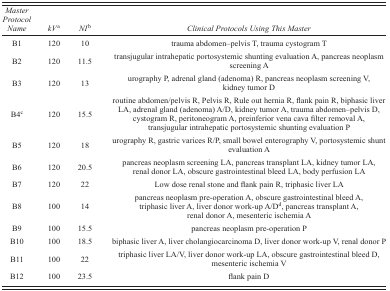
| Master Protocol Name | kVa | NIb | Clinical Protocols Using This Master |
 | --- | --- | --- | --- |
 | B1 | 120 | 10 | trauma abdomen–pelvis T, trauma cystogram T |
 | B2 | 120 | 11.5 | transjugular intrahepatic portosystemic shunting evaluation A, pancreas neoplasm screening A |
 | B3 | 120 | 13 | urography P, adrenal gland (adenoma) R, pancreas neoplasm screening V, kidney tumor D |
 | B4c | 120 | 15.5 | routine abdomen/pelvis R, Pelvis R, Rule out hernia R, flank pain R, biphasic liver LA, adrenal gland (adenoma) A/D, kidney tumor A, trauma abdomen–pelvis D, cystogram R, peritoneogram A, preinferior vena cava filter removal A, transjugular intrahepatic portosystemic shunting evaluation P |
 | B5 | 120 | 18 | urography R, gastric varices R/P, small bowel enterography V, portosystemic shunt evaluation A |
 | B6 | 120 | 20.5 | pancreas neoplasm screening LA, pancreas transplant LA, kidney tumor LA, renal donor LA, obscure gastrointestinal bleed LA, body perfusion LA |
 | B7 | 120 | 22 | Low dose renal stone and flank pain R, triphasic liver LA |
 | B8 | 100 | 14 | pancreas neoplasm pre‐operation A, obscure gastrointestinal bleed A, triphasic liver A, liver donor work‐up A/Dd, pancreas transplant A, renal donor A, mesenteric ischemia A |
 | B9 | 100 | 15.5 | pancreas neoplasm pre‐operation P |
 | B10 | 100 | 18.5 | biphasic liver A, liver cholangiocarcinoma D, liver donor work‐up V, renal donor P |
 | B11 | 100 | 22 | triphasic liver LA/V, liver donor work‐up LA, obscure gastrointestinal bleed D, mesenteric ischemia V |
 | B12 | 100 | 23.5 | flank pain D |